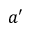
a ^ { \prime }